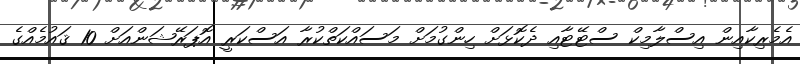
އެމެރިކާއިން އިސްލާމިކް ސްޓޭޓާއި ދެކޮޅަށް ހިންގުމަށް މަސައްކަތްކުރާ އަސްކަރީ އޮޕަރޭޝަންއަށް 10 ޤައުމެއްގެ